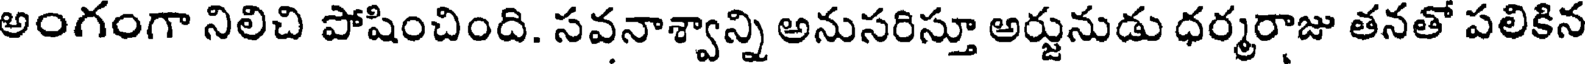
అంగంగా నిలిచి పోషించింది. సవనాశ్వాన్ని అనుసరిస్తూ అర్జునుడు ధర్మరాజు తనతో పలికిన